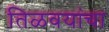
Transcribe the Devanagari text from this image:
तिळवयांचा